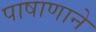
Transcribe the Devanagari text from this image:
पाषाणाने